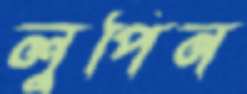
লুপিন